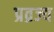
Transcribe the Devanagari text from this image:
प्रव्रज्य